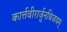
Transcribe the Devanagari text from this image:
कार्त्तवीरार्जुनविजयम्